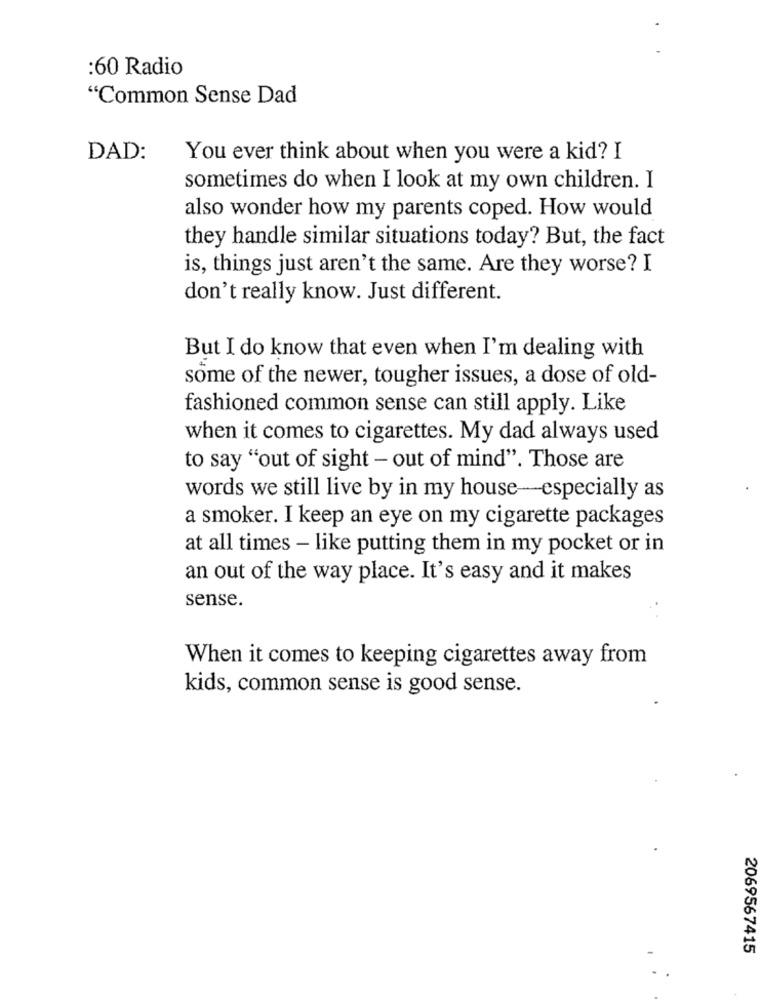
:60 Radio
"Common Sense Dad
DAD:
You ever think about when you were a kid? I
sometimes do when I look at my own children. I
also wonder how my parents coped. How would
they handle similar situations today? But, the fact
is, things just aren't the same. Are they worse? I
don't really know. Just different.
But I do know that even when I'm dealing with
some of the newer, tougher issues, a dose of old-
fashioned common sense can still apply. Like
when it comes to cigarettes. My dad always used
to say "out of sight - out of mind". Those are
words we still live by in my house-especially as
a smoker. I keep an eye on my cigarette packages
at all times - like putting them in my pocket or in
an out of the way place. It's easy and it makes
sense.
When it comes to keeping cigarettes away from
kids, common sense is good sense.
2069567415